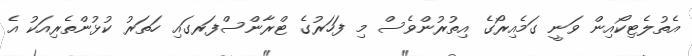
އެތުލެޓިކޯއިން ވަނީ ގަމެއިރޯގެ އިތުރުންވެސް މި ފަހަރުގެ ޓްރާންސްފަރގައި ހަތަރު ކުޅުންތެރިއަކު އެ